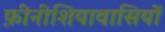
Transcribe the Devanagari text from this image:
फ़ीनीशियावासियों